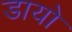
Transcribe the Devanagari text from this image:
डायो